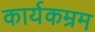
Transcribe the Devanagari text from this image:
कार्यकम्रम